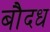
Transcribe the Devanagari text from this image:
बौदध